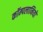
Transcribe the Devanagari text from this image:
कॉम्पलानियों